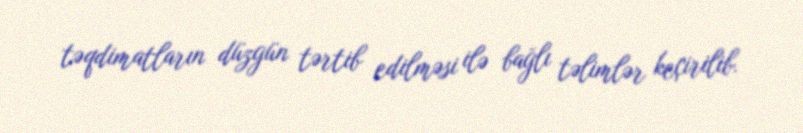
təqdimatların düzgün tərtib edilməsi ilə bağlı təlimlər keçirilib.